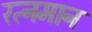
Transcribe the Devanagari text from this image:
रत्नमान